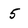
Character: 5